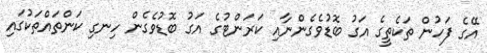
އޭގެ ފަހުން ތަކެތީގެ އަގު ބޮޑުވެގެންނާއި ކަރަންޓުގެ އަގު ބޮޑުވެގެން ހިނގި ކަންތައްތަކުގައި